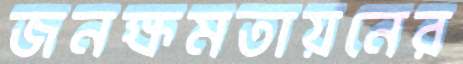
জনক্ষমতায়নের